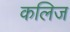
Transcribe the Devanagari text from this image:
कलिज